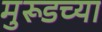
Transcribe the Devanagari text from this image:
मुरूडच्या